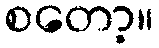
စတော့။